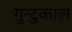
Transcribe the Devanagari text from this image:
गुन्टुकाल